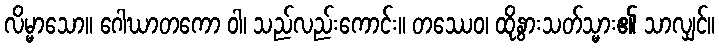
လိမ္မာသော။ ဂေါဃာတကော ဝါ၊ သည်လည်းကောင်း။ တဿေဝ၊ ထိုနွားသတ်သ္မား၏ သာလျှင်။